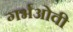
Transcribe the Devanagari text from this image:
गर्भओवी